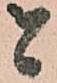
者